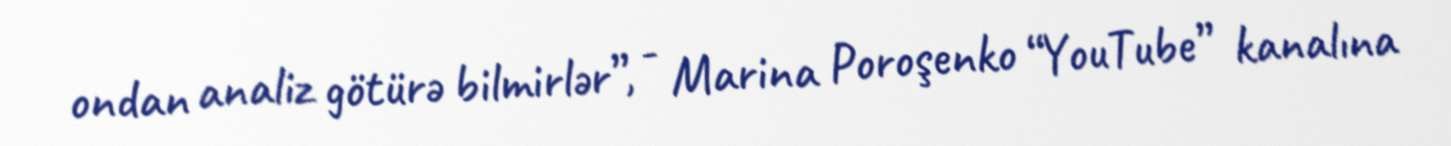
ondan analiz götürə bilmirlər”, - Marina Poroşenko “YouTube” kanalına